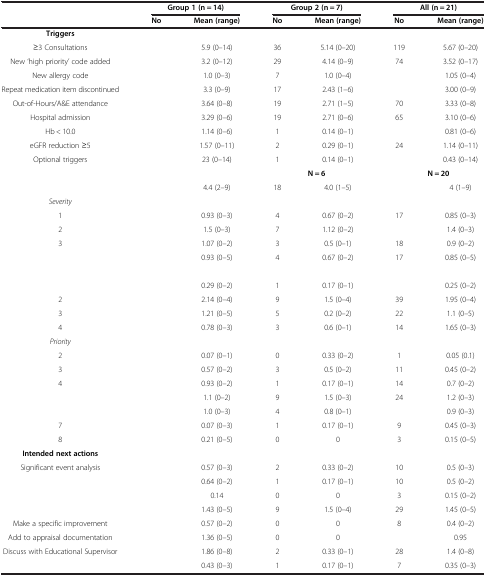
<table><thead><tr><td>[EMPTY_CELL]</td><td colspan="2"><b>Group 1 (n = 14)</b></td><td colspan="2"><b>Group 2 (n = 7)</b></td><td colspan="2"><b>All (n = 21)</b></td></tr><tr><td>[EMPTY_CELL]</td><td><b>No</b></td><td><b>Mean (range)</b></td><td><b>No</b></td><td><b>Mean (range)</b></td><td><b>No</b></td><td><b>Mean (range)</b></td></tr></thead><tbody><tr><td><b>Triggers</b></td><td>[EMPTY_CELL]</td><td>[EMPTY_CELL]</td><td>[EMPTY_CELL]</td><td>[EMPTY_CELL]</td><td>[EMPTY_CELL]</td><td>[EMPTY_CELL]</td></tr><tr><td>≥3 Consultations</td><td>[EMPTY_CELL]</td><td>5.9 (0–14)</td><td>36</td><td>5.14 (0–20)</td><td>119</td><td>5.67 (0–20)</td></tr><tr><td>New ‘high priority’ code added</td><td>[EMPTY_CELL]</td><td>3.2 (0–12)</td><td>29</td><td>4.14 (0–9)</td><td>74</td><td>3.52 (0–17)</td></tr><tr><td>New allergy code</td><td>[EMPTY_CELL]</td><td>1.0 (0–3)</td><td>7</td><td>1.0 (0–4)</td><td>[EMPTY_CELL]</td><td>1.05 (0–4)</td></tr><tr><td>Repeat medication item discontinued</td><td>[EMPTY_CELL]</td><td>3.3 (0–9)</td><td>17</td><td>2.43 (1–6)</td><td>[EMPTY_CELL]</td><td>3.00 (0–9)</td></tr><tr><td>Out-of-Hours/A&amp;E attendance</td><td>[EMPTY_CELL]</td><td>3.64 (0–8)</td><td>19</td><td>2.71 (1–5)</td><td>70</td><td>3.33 (0–8)</td></tr><tr><td>Hospital admission</td><td>[EMPTY_CELL]</td><td>3.29 (0–6)</td><td>19</td><td>2.71 (0–6)</td><td>65</td><td>3.10 (0–6)</td></tr><tr><td>Hb &lt; 10.0</td><td>[EMPTY_CELL]</td><td>1.14 (0–6)</td><td>1</td><td>0.14 (0–1)</td><td>[EMPTY_CELL]</td><td>0.81 (0–6)</td></tr><tr><td>eGFR reduction ≥5</td><td>[EMPTY_CELL]</td><td>1.57 (0–11)</td><td>2</td><td>0.29 (0–1)</td><td>24</td><td>1.14 (0–11)</td></tr><tr><td>Optional triggers</td><td>[EMPTY_CELL]</td><td>23 (0–14)</td><td>1</td><td>0.14 (0–1)</td><td>[EMPTY_CELL]</td><td>0.43 (0–14)</td></tr><tr><td>[EMPTY_CELL]</td><td colspan="2">[EMPTY_CELL]</td><td colspan="2"><b>N = 6</b></td><td colspan="2"><b>N = 20</b></td></tr><tr><td>[EMPTY_CELL]</td><td>[EMPTY_CELL]</td><td>4.4 (2–9)</td><td>18</td><td>4.0 (1–5)</td><td>[EMPTY_CELL]</td><td>4 (1–9)</td></tr><tr><td><i>Severity</i></td><td>[EMPTY_CELL]</td><td>[EMPTY_CELL]</td><td>[EMPTY_CELL]</td><td>[EMPTY_CELL]</td><td>[EMPTY_CELL]</td><td>[EMPTY_CELL]</td></tr><tr><td>1</td><td>[EMPTY_CELL]</td><td>0.93 (0–3)</td><td>4</td><td>0.67 (0–2)</td><td>17</td><td>0.85 (0–3)</td></tr><tr><td>2</td><td>[EMPTY_CELL]</td><td>1.5 (0–3)</td><td>7</td><td>1.12 (0–2)</td><td>[EMPTY_CELL]</td><td>1.4 (0–3)</td></tr><tr><td>3</td><td>[EMPTY_CELL]</td><td>1.07 (0–2)</td><td>3</td><td>0.5 (0–1)</td><td>18</td><td>0.9 (0–2)</td></tr><tr><td>[EMPTY_CELL]</td><td>[EMPTY_CELL]</td><td>0.93 (0–5)</td><td>4</td><td>0.67 (0–2)</td><td>17</td><td>0.85 (0–5)</td></tr><tr><td>[EMPTY_CELL]</td><td>[EMPTY_CELL]</td><td>[EMPTY_CELL]</td><td>[EMPTY_CELL]</td><td>[EMPTY_CELL]</td><td>[EMPTY_CELL]</td><td>[EMPTY_CELL]</td></tr><tr><td>[EMPTY_CELL]</td><td>[EMPTY_CELL]</td><td>0.29 (0–2)</td><td>1</td><td>0.17 (0–1)</td><td>[EMPTY_CELL]</td><td>0.25 (0–2)</td></tr><tr><td>2</td><td>[EMPTY_CELL]</td><td>2.14 (0–4)</td><td>9</td><td>1.5 (0–4)</td><td>39</td><td>1.95 (0–4)</td></tr><tr><td>3</td><td>[EMPTY_CELL]</td><td>1.21 (0–5)</td><td>5</td><td>0.2 (0–2)</td><td>22</td><td>1.1 (0–5)</td></tr><tr><td>4</td><td>[EMPTY_CELL]</td><td>0.78 (0–3)</td><td>3</td><td>0.6 (0–1)</td><td>14</td><td>1.65 (0–3)</td></tr><tr><td><i>Priority</i></td><td>[EMPTY_CELL]</td><td>[EMPTY_CELL]</td><td>[EMPTY_CELL]</td><td>[EMPTY_CELL]</td><td>[EMPTY_CELL]</td><td>[EMPTY_CELL]</td></tr><tr><td>2</td><td>[EMPTY_CELL]</td><td>0.07 (0–1)</td><td>0</td><td>0.33 (0–2)</td><td>1</td><td>0.05 (0.1)</td></tr><tr><td>3</td><td>[EMPTY_CELL]</td><td>0.57 (0–2)</td><td>3</td><td>0.5 (0–2)</td><td>11</td><td>0.45 (0–2)</td></tr><tr><td>4</td><td>[EMPTY_CELL]</td><td>0.93 (0–2)</td><td>1</td><td>0.17 (0–1)</td><td>14</td><td>0.7 (0–2)</td></tr><tr><td>[EMPTY_CELL]</td><td>[EMPTY_CELL]</td><td>1.1 (0–2)</td><td>9</td><td>1.5 (0–3)</td><td>24</td><td>1.2 (0–3)</td></tr><tr><td>[EMPTY_CELL]</td><td>[EMPTY_CELL]</td><td>1.0 (0–3)</td><td>4</td><td>0.8 (0–1)</td><td>[EMPTY_CELL]</td><td>0.9 (0–3)</td></tr><tr><td>7</td><td>[EMPTY_CELL]</td><td>0.07 (0–3)</td><td>1</td><td>0.17 (0–1)</td><td>9</td><td>0.45 (0–3)</td></tr><tr><td>8</td><td>[EMPTY_CELL]</td><td>0.21 (0–5)</td><td>0</td><td>0</td><td>3</td><td>0.15 (0–5)</td></tr><tr><td><b>Intended next actions</b></td><td>[EMPTY_CELL]</td><td>[EMPTY_CELL]</td><td>[EMPTY_CELL]</td><td>[EMPTY_CELL]</td><td>[EMPTY_CELL]</td><td>[EMPTY_CELL]</td></tr><tr><td>Significant event analysis</td><td>[EMPTY_CELL]</td><td>0.57 (0–3)</td><td>2</td><td>0.33 (0–2)</td><td>10</td><td>0.5 (0–3)</td></tr><tr><td>[EMPTY_CELL]</td><td>[EMPTY_CELL]</td><td>0.64 (0–2)</td><td>1</td><td>0.17 (0–1)</td><td>10</td><td>0.5 (0–2)</td></tr><tr><td>[EMPTY_CELL]</td><td>[EMPTY_CELL]</td><td>0.14</td><td>0</td><td>0</td><td>3</td><td>0.15 (0–2)</td></tr><tr><td>[EMPTY_CELL]</td><td>[EMPTY_CELL]</td><td>1.43 (0–5)</td><td>9</td><td>1.5 (0–4)</td><td>29</td><td>1.45 (0–5)</td></tr><tr><td>Make a specific improvement</td><td>[EMPTY_CELL]</td><td>0.57 (0–2)</td><td>0</td><td>0</td><td>8</td><td>0.4 (0–2)</td></tr><tr><td>Add to appraisal documentation</td><td>[EMPTY_CELL]</td><td>1.36 (0–5)</td><td>0</td><td>0</td><td>[EMPTY_CELL]</td><td>0.95</td></tr><tr><td>Discuss with Educational Supervisor</td><td>[EMPTY_CELL]</td><td>1.86 (0–8)</td><td>2</td><td>0.33 (0–1)</td><td>28</td><td>1.4 (0–8)</td></tr><tr><td>[EMPTY_CELL]</td><td>[EMPTY_CELL]</td><td>0.43 (0–3)</td><td>1</td><td>0.17 (0–1)</td><td>7</td><td>0.35 (0–3)</td></tr></tbody></table>